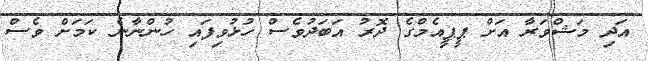
އަދި މަޝްވަރާ އަށް ޕީޕީއެމްގެ ދޮރު އަބަދުވެސް ހުޅުވިފައި ހުންނާނެ ކަމަށް ވެސް